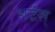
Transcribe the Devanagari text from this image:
शर्टस्